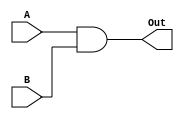
module generateLA(A, B, Out);
    input A, B;
    output Out;

    assign Out = A & B;
endmodule